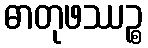
ဓာတုဖဿဉ္စ